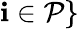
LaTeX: \mathbf{i}\in\mathcal{{P}}\}